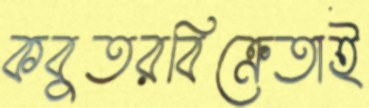
কবুতরবিক্রেতাই